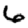
Digit: 6